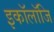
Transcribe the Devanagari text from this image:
इकॉलॉजि